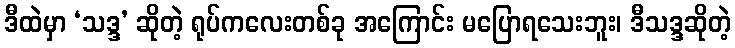
ဒီထဲမှာ ‘သဒ္ဒ’ ဆိုတဲ့ ရုပ်ကလေးတစ်ခု အကြောင်း မပြောရသေးဘူး၊ ဒီသဒ္ဒဆိုတဲ့